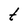
Character: t